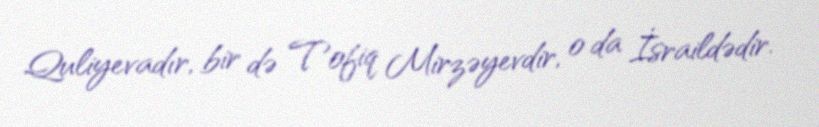
Quliyevadır, bir də Tofiq Mirzəyevdir, o da İsraildədir.